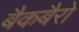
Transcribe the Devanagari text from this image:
बैकबैरो